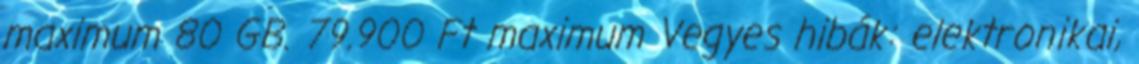
maximum 80 GB. 79.900 Ft maximum Vegyes hibák: elektronikai,